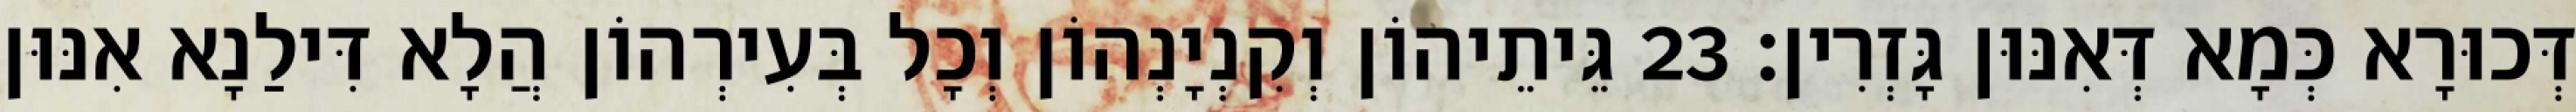
דְּכוּרָא כְּמָא דְּאִנּוּן גָּזְרִין׃ 23 גֵּיתֵיהוֹן וְקִנְיָנְהוֹן וְכָל בְּעִירְהוֹן הֲלָא דִּילַנָא אִנּוּן